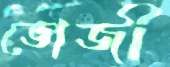
ভোজী